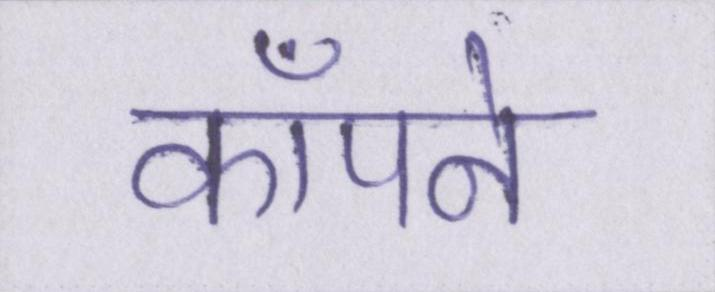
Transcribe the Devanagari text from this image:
कॉँपने